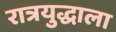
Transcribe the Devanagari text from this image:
रात्रयुद्धाला